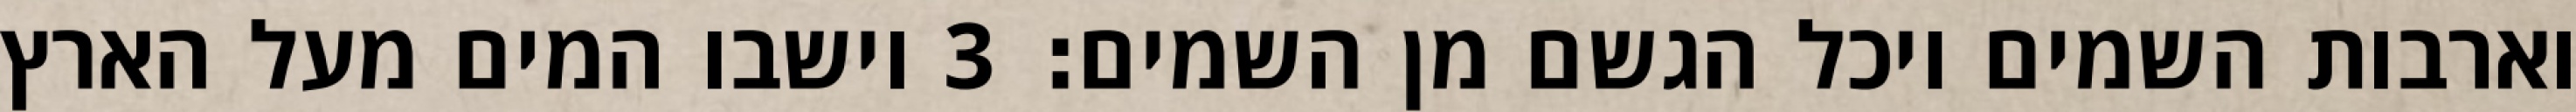
וארבות השמים ויכל הגשם מן השמים׃ ‎3‏ וישבו המים מעל הארץ